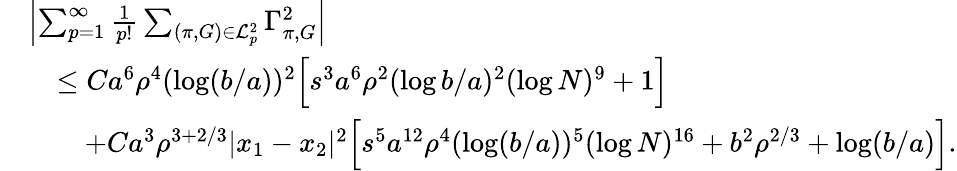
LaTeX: \begin{array}{rl}&{\left\vert\sum_{p=1}^{\infty}\frac{1}{p!}\sum_{(\pi,G)\in\mathcal{L}_{p}^{2}}\Gamma_{\pi,G}^{2}\right\vert}\\ &{\quad\leq Ca^{6}\rho^{4}(\log(b/a))^{2}\Bigl[s^{3}a^{6}\rho^{2}(\log b/a)^{2}(\log N)^{9}+1\Bigr]}\\ &{\qquad+Ca^{3}\rho^{3+2/3}|x_{1}-x_{2}|^{2}\Bigl[s^{5}a^{12}\rho^{4}(\log(b/a))^{5}(\log N)^{16}+b^{2}\rho^{2/3}+\log(b/a)\Bigr].}\end{array}